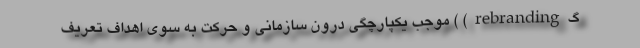
گrebranding) ) موجب یکپارچگی درون سازمانی و حرکت به سوی اهداف تعریف